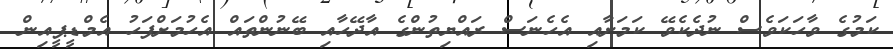
ކަމުގެ ވާހަކަވެސް ނުދެކެވޭ ކަމަށާއި އެހެނަސް ރައްޔިތުންގެ އާދޭހާއި ބޭނުންތައް އެހުމަށްފަހު އެމްޑީޕީއިން